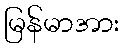
မြန်မာအား